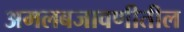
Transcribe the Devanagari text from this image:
अमलबजावणीतील